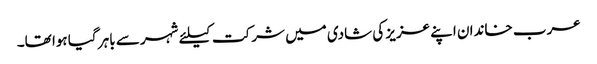
عرب خاندان اپنے عزیز کی شادی میں شرکت کیلئے شہر سے باہر گیا ہوا تھا۔